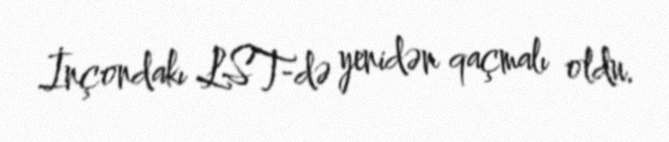
İnçondakı LST-də yenidən qaçmalı oldu.